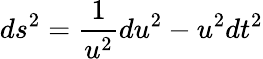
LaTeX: ds^{2}=\frac{1}{u^{2}}du^{2}-u^{2}dt^{2}